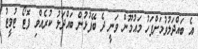
އެ ބައްދަލުވުމަށްފަހު މައުމޫން ވަނީ ދެ ބޭފުޅުން ބައްދަލު ކުރެއްވި ފޮޓޯ ޓުވީޓު